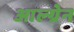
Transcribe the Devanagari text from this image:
आल्ग्रेन